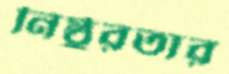
নিষ্ঠুরতার